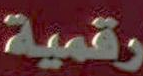
رقمية